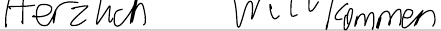
Herzlich Willkommen